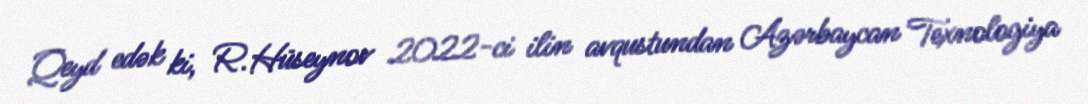
Qeyd edək ki, R.Hüseynov 2022-ci ilin avqustundan Azərbaycan Texnologiya